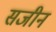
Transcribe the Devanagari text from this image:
सजीन